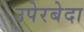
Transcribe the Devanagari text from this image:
उपेरबेदा